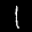
Label: 1